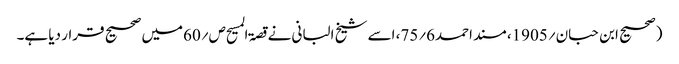
(صحیح ابن حبان؍1905، مسند احمد6؍75، اسے شیخ البانی نے قصۃ المسیح ص؍60میں صحیح قرار دیا ہے۔